Annual administration report of the Civil Veterinary Department of India - 1907-1908
Year: 1907
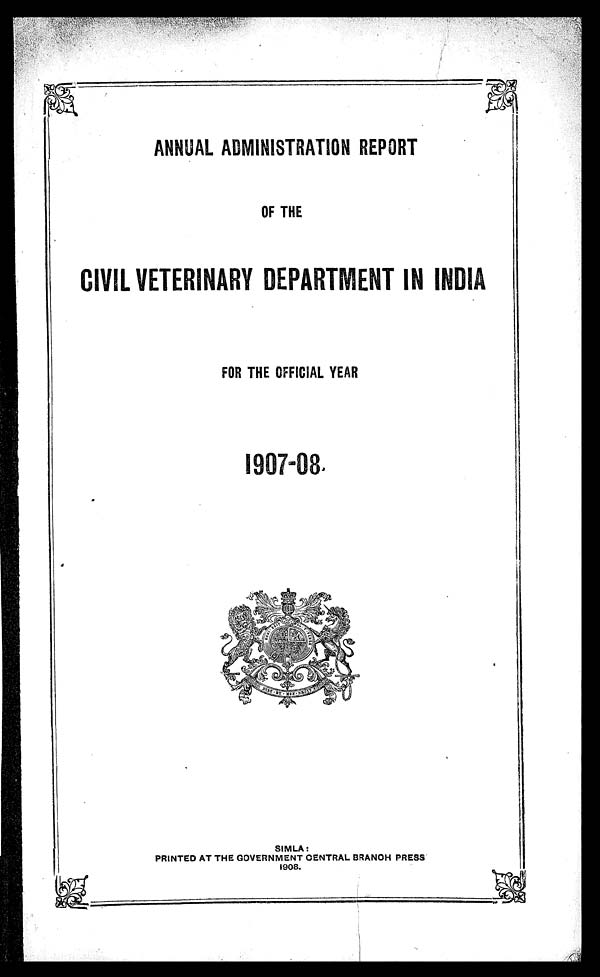
ANNUAL ADMINISTRATION REPORT
OF THE
CIVIL VETERINARY DEPARTMENT IN INDIA
FOR THE OFFICIAL YEAR
1907-08.
SIMLA:
PRINTED AT THE GOVERNMENT CENTRAL BRANCH PRESS
1908.